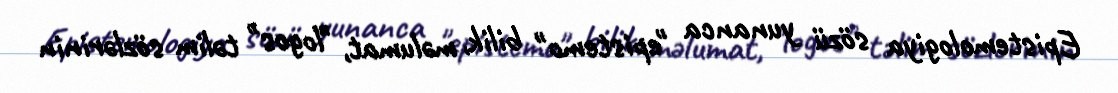
Epistemologiya sözü yunanca "epistemo" bilik, məlumat, "logos" təlim sözlərinin